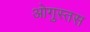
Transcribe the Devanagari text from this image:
ओगुस्तस